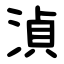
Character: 湞